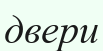
двери